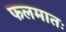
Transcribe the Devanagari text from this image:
फलमातः